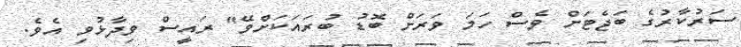
ސަރުކާރުގެ ބަޖެޓަށް ވެސް ހަމަ ވަރަށް ބޮޑު ބުރައަކަށްވޭ" ރައީސް ވިދާޅުވި އެވެ.